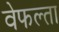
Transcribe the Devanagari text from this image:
वेफल्ता